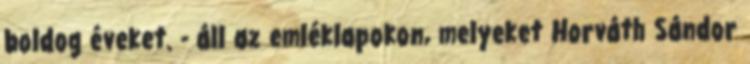
boldog éveket. - áll az emléklapokon, melyeket Horváth Sándor